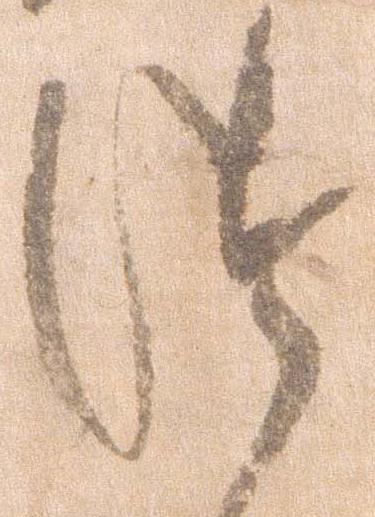
つ